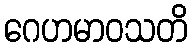
ဂေဟမာဝသတိ